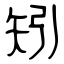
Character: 矧